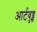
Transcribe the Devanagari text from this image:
आर्टवुड्स